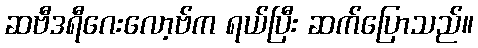
ဆဗီဒရီဂေးလော့ဗ်က ရယ်ပြီး ဆက်ပြောသည်။